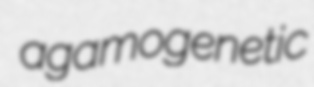
agamogenetic